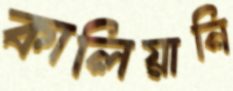
কালিয়ানি